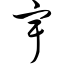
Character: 宇